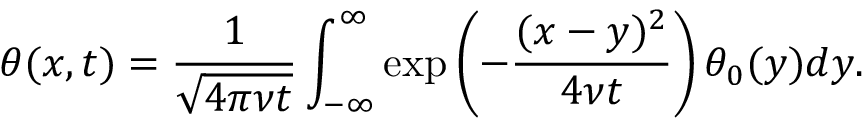
\theta ( x , t ) = \frac { 1 } { \sqrt { 4 \pi \nu t } } \int _ { - \infty } ^ { \infty } \exp \left( - \frac { ( x - y ) ^ { 2 } } { 4 \nu t } \right) \theta _ { 0 } ( y ) d y .